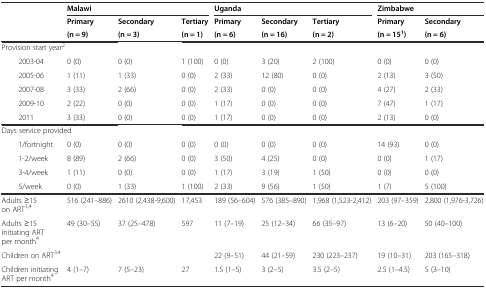
<table><thead><tr><td colspan="2"></td><td colspan="3"><b>Malawi</b></td><td colspan="3"><b>Uganda</b></td><td colspan="2"><b>Zimbabwe</b></td></tr><tr><td colspan="2"></td><td><b>Primary</b></td><td><b>Secondary</b></td><td><b>Tertiary</b></td><td><b>Primary</b></td><td><b>Secondary</b></td><td><b>Tertiary</b></td><td><b>Primary</b></td><td><b>Secondary</b></td></tr><tr><td colspan="2"></td><td><b>(n = 9)</b></td><td><b>(n = 3)</b></td><td><b>(n = 1)</b></td><td><b>(n = 6)</b></td><td><b>(n = 16)</b></td><td><b>(n = 2)</b></td><td><b>(n = 15<sup>1</sup>)</b></td><td><b>(n = 6)</b></td></tr></thead><tbody><tr><td colspan="10">Provision start year<sup>2</sup></td></tr><tr><td colspan="2">2003-04</td><td>0 (0)</td><td>0 (0)</td><td>1 (100)</td><td>0 (0)</td><td>3 (20)</td><td>2 (100)</td><td>0 (0)</td><td>0 (0)</td></tr><tr><td colspan="2">2005-06</td><td>1 (11)</td><td>1 (33)</td><td>0 (0)</td><td>2 (33)</td><td>12 (80)</td><td>0 (0)</td><td>2 (13)</td><td>3 (50)</td></tr><tr><td colspan="2">2007-08</td><td>3 (33)</td><td>2 (66)</td><td>0 (0)</td><td>2 (33)</td><td>0 (0)</td><td>0 (0)</td><td>4 (27)</td><td>2 (33)</td></tr><tr><td colspan="2">2009-10</td><td>2 (22)</td><td>0 (0)</td><td>0 (0)</td><td>1 (17)</td><td>0 (0)</td><td>0 (0)</td><td>7 (47)</td><td>1 (17)</td></tr><tr><td colspan="2">2011</td><td>3 (33)</td><td>0 (0)</td><td>0 (0)</td><td>1 (17)</td><td>0 (0)</td><td>0 (0)</td><td>2 (13)</td><td>0 (0)</td></tr><tr><td colspan="10">Days service provided</td></tr><tr><td colspan="2">1/fortnight</td><td>0 (0)</td><td>0 (0)</td><td>0 (0)</td><td>0 (0)</td><td>0 (0)</td><td>0 (0)</td><td>14 (93)</td><td>0 (0)</td></tr><tr><td colspan="2">1-2/week</td><td>8 (89)</td><td>2 (66)</td><td>0 (0)</td><td>3 (50)</td><td>4 (25)</td><td>0 (0)</td><td>0 (0)</td><td>1 (17)</td></tr><tr><td colspan="2">3-4/week</td><td>1 (11)</td><td>0 (0)</td><td>0 (0)</td><td>1 (17)</td><td>3 (19)</td><td>1 (50)</td><td>0 (0)</td><td>0 (0)</td></tr><tr><td colspan="2">5/week</td><td>0 (0)</td><td>1 (33)</td><td>1 (100)</td><td>2 (33)</td><td>9 (56)</td><td>1 (50)</td><td>1 (7)</td><td>5 (100)</td></tr><tr><td colspan="2">Adults ≥15 on ART<sup>3,4</sup></td><td>516 (241–886)</td><td>2610 (2,438-9,600)</td><td>17,453</td><td>189 (56–604)</td><td>576 (385–890)</td><td>1,968 (1,523-2,412)</td><td>203 (97–359)</td><td>2,800 (1,976-3,726)</td></tr><tr><td colspan="2">Adults ≥15 initiating ART per month<sup>4</sup></td><td>49 (30–55)</td><td>37 (25–478)</td><td>597</td><td>11 (7–19)</td><td>25 (12–34)</td><td>66 (35–97)</td><td>13 (6–20)</td><td>50 (40–100)</td></tr><tr><td colspan="2">Children on ART<sup>3,4</sup></td><td></td><td></td><td></td><td>22 (9–51)</td><td>44 (21–59)</td><td>230 (223–237)</td><td>19 (10–31)</td><td>203 (165–318)</td></tr><tr><td colspan="2">Children initiating ART per month<sup>4</sup></td><td>4 (1–7)</td><td>7 (5–23)</td><td>27</td><td>1.5 (1–5)</td><td>3 (2–5)</td><td>3.5 (2–5)</td><td>2.5 (1–4.5)</td><td>5 (3–10)</td></tr></tbody></table>